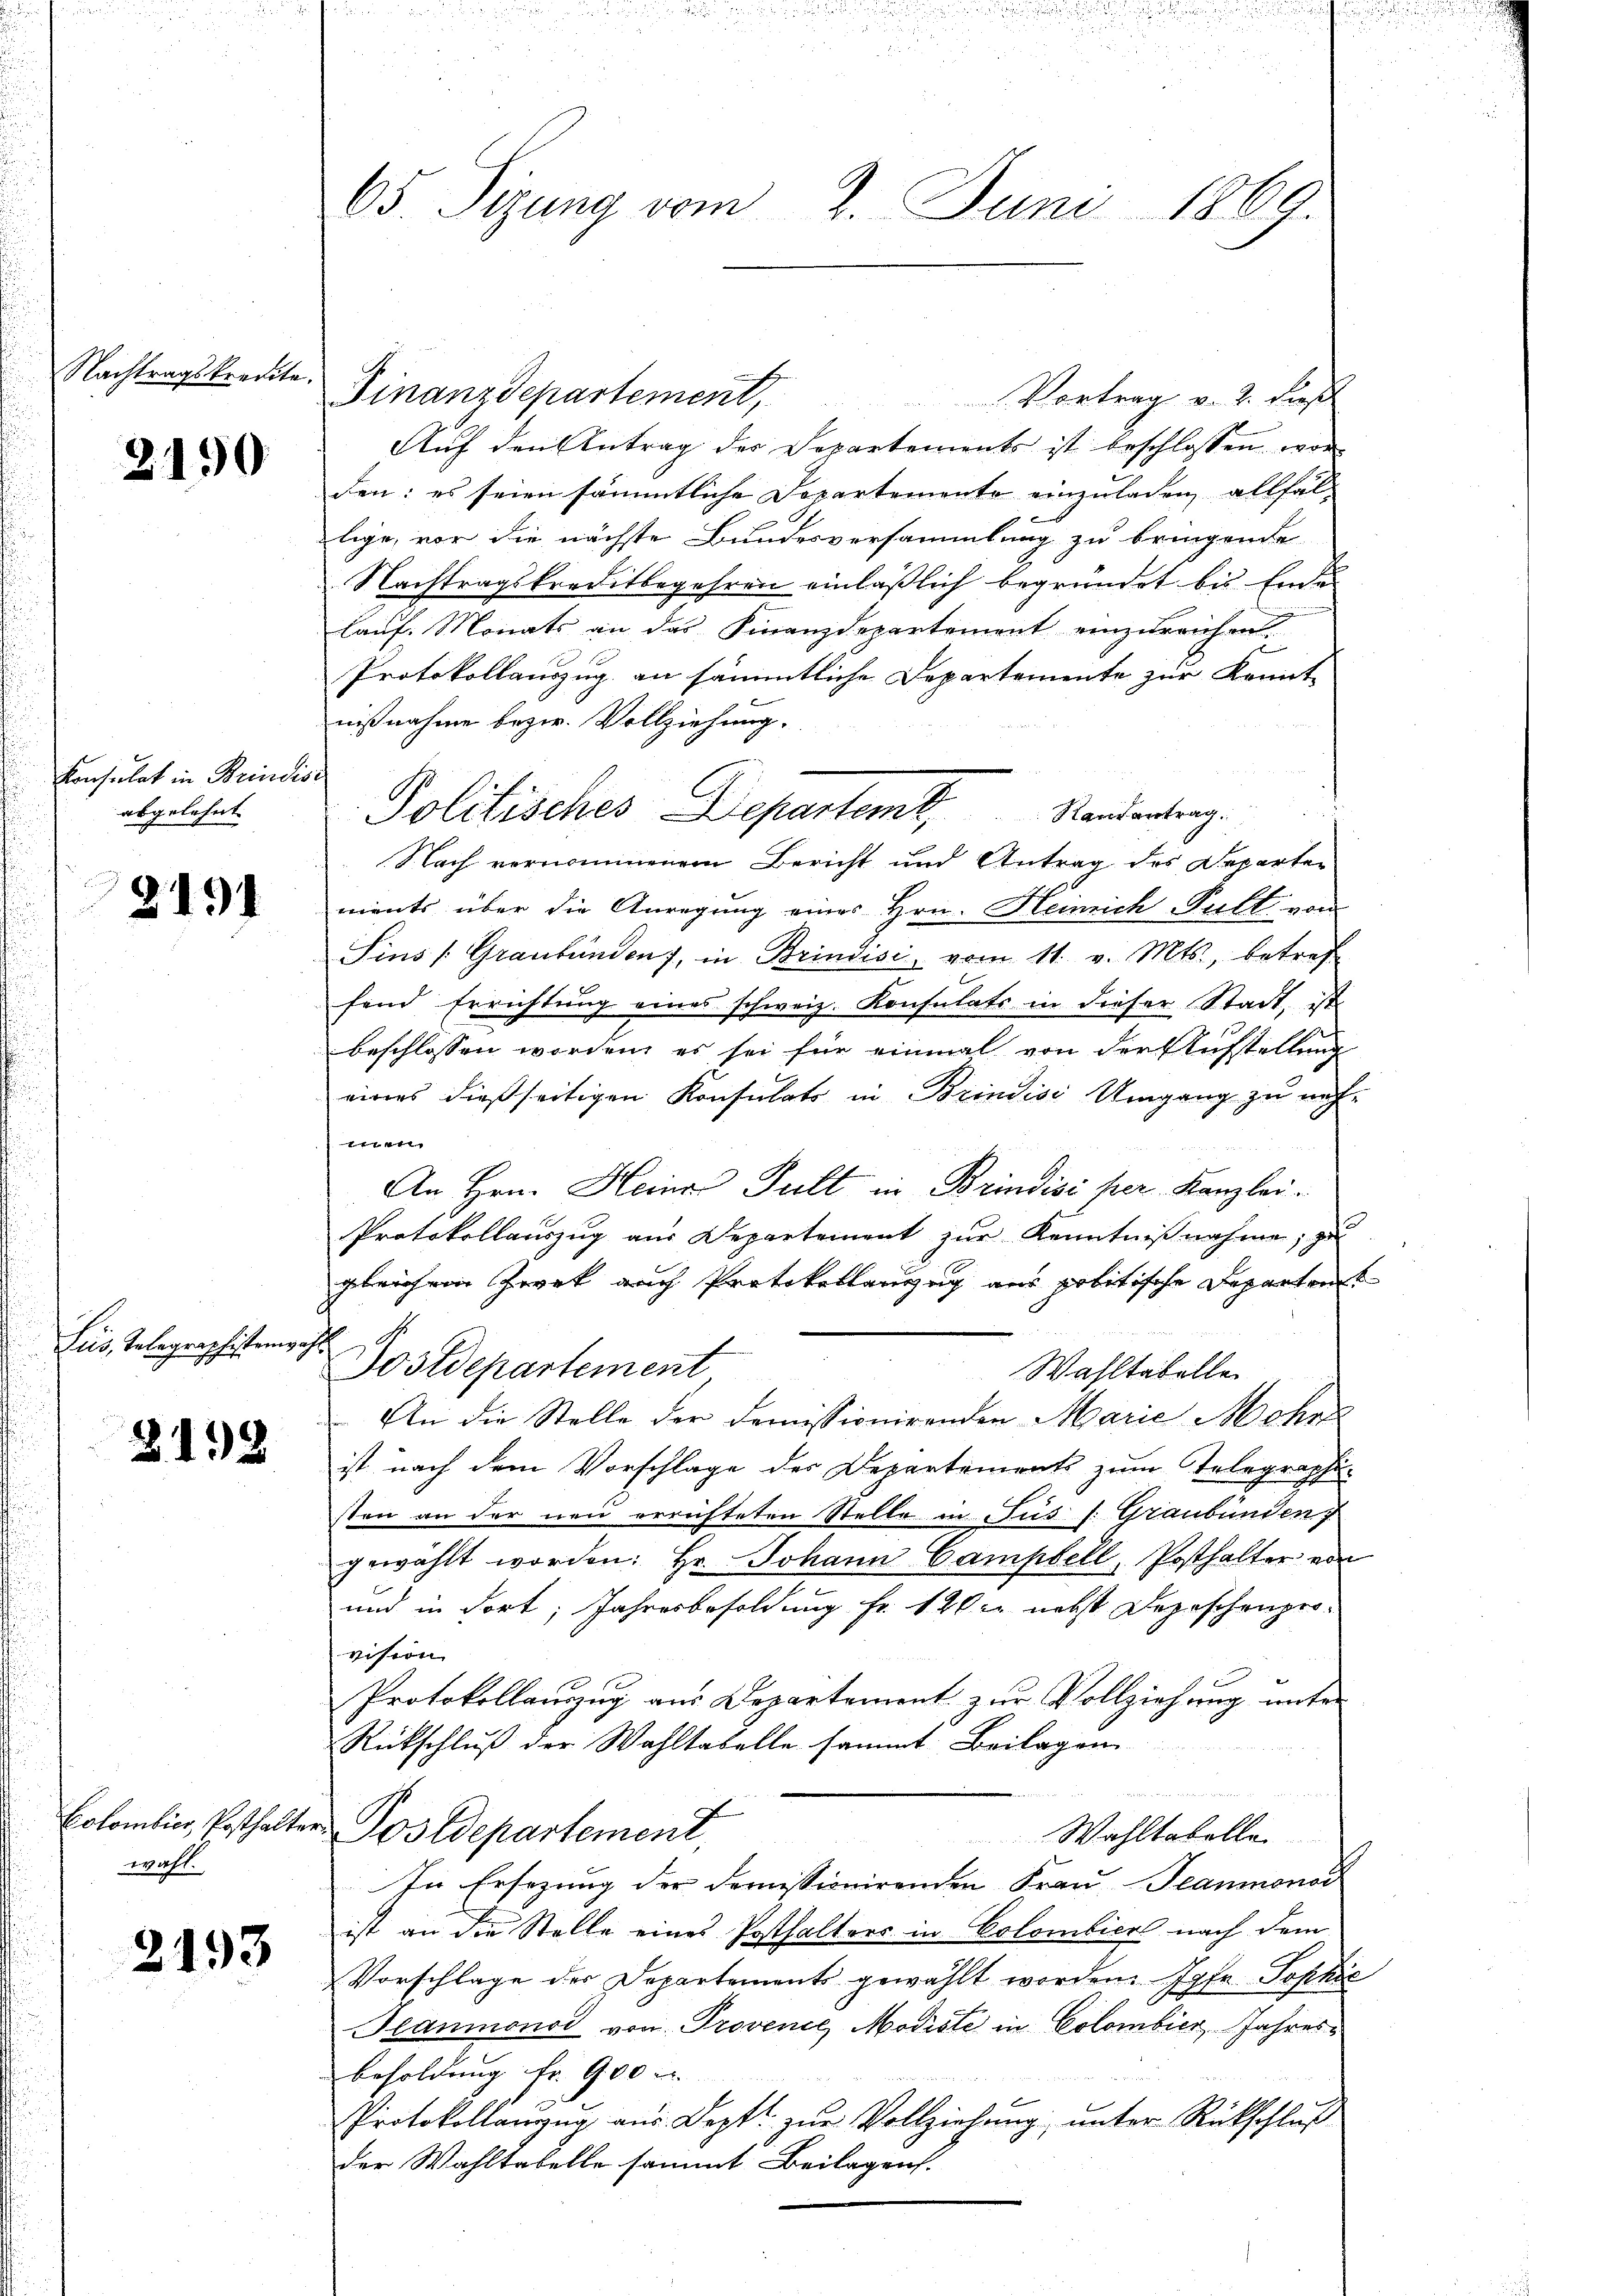
Nachtragskredite.

2190

Konsulat in Brindisc
abgelehnt. |

3191

Lus, Telegraphistenwahl

2138

Colombier, Posthalte
wahl.

2193

65 Sizung vom 2. Juni 1869.

Finanzdepartement,
Vortrag v. 2. dieß
Auf den Antrag des Departements ist beschlossen wer
den: es seien sämmtliche Departemente einzuladen allfal-
lige, vor die nächste Bundesversammlung zu bringende
Nachtragskreditbegehren einläßlich begründet bis Ende
lauf. Monats an das Finanzdepartement einzureichen.
Protokollauszug an sämmtliche Departemente zur Kennt-
nißnahme bezw. Vollziehung.
Politisches Departem Randantrag.
Nach vernommenem Bericht und Antrag des Departen
ments über die Anregung eines Hrn. Heinrich Pult vom
Sins (Graubünden, in Brindisi, vom 11. v. Mts., betref
fend Errichtŭng eines schweiz. Konsulats in dieser Stadt, ist
beschlossen worden, es sei für einmal von der Aufstellung
eines dießseitigen Konsulats in Brindise Umgang zu nach-
t
An Hrn. Heiner Pult in Brindisi per Kanzlei.
Protokollauszug aus Departement zŭr Kenntniβnahme, zu
gleichem Zwek auch Protokollanzug aus politische Departens
Postdepartement
Wahltabellen
An die Stelle der Demissionirenden Marie Mehr
ist nach dem Vorschlage des Departements zum Stelegraphi
sten an der neu errichteten Stelle in sus (: Graubünden
gewählt worden: Hr. Johann Campbell, Posthalter von
und in dort, Jahresbesoldung fr. 120 nebst Depeschenprovision
Protokollanzzug aus Departement zur Vollziehung unter
Rückschluß der Wahltabelle sammt Beilagen

u
Postdepartement
Wahltabelle
In Ersezung der demissionirenden Frau Teaumonar
ist an die Stelle eines Posthalters in Colombier nach dem
Vorschlage der Departements gewählt werden. Ihr Sophie
Haumonod von Provenie, Modiste in Colombier Jahresbesoldung fr. 900
Protokollanzŭg aŭs Dept. zŭr Vollziehŭng ŭnter Rückschluß
der Wahltabelle sammt Beilagen.